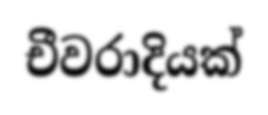
චීවරාදියක්